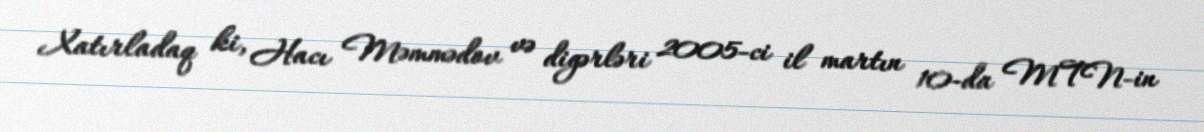
Xatırladaq ki, Hacı Məmmədov və digərləri 2005-ci il martın 10-da MTN-in